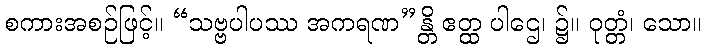
စကားအစဉ်ဖြင့်။ “သဗ္ဗပါပဿ အကရဏ”န္တိ ဧတ္ထ ပါဌေ၊ ၌။ ဝုတ္တံ၊ သော။